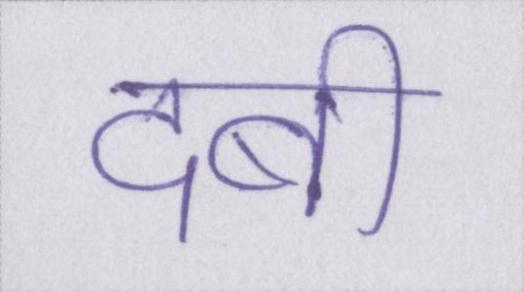
दबी